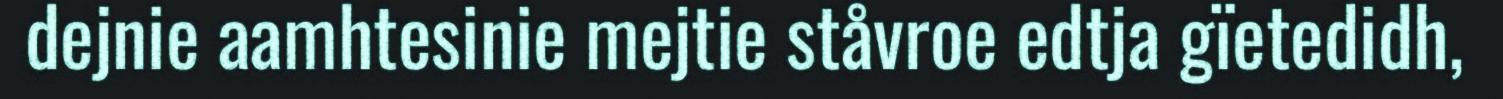
dejnie aamhtesinie mejtie ståvroe edtja gïetedidh,